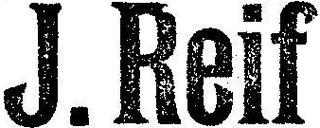
J. Reif